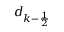
d _ { k - \frac { 1 } { 2 } }